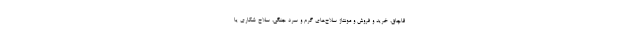
قاچاق، خرید و فروش و مونتاژ سلاح‌های گرم و سرد جنگی، سلاح شکاری یا